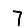
Digit: 7